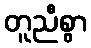
တူညီစွာ